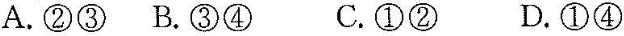
A.②③B.③④ C.①②D.①④